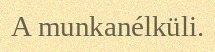
A munkanélküli.